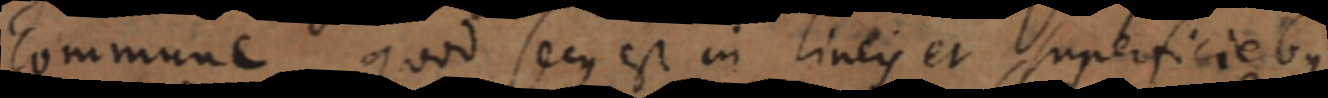
commune, quod secus est in lineis et superficiebus.